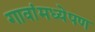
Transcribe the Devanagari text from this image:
गावांमध्येपण